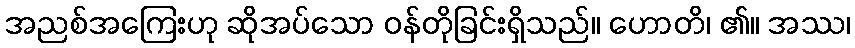
အညစ်အကြေးဟု ဆိုအပ်သော ဝန်တိုခြင်းရှိသည်။ ဟောတိ၊ ၏။ အဿ၊